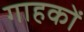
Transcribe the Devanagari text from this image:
गाहकों